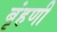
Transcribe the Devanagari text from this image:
बृंहणी